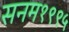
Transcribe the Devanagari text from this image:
सनम१९९५